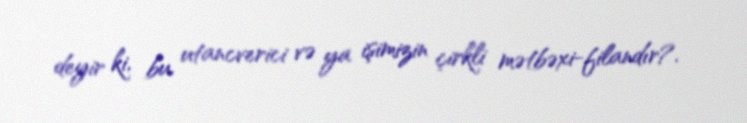
deyir ki, bu, utancverici və ya işimizin çirkli mətbəxi-filandır?.